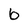
Character: 6